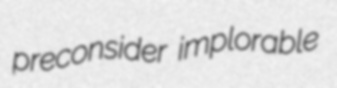
preconsider implorable